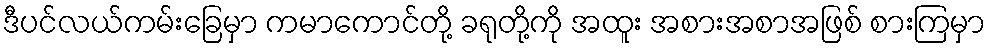
ဒီပင်လယ်ကမ်းခြေမှာ ကမာကောင်တို့ ခရုတို့ကို အထူး အစားအစာအဖြစ် စားကြမှာ